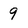
Character: 9